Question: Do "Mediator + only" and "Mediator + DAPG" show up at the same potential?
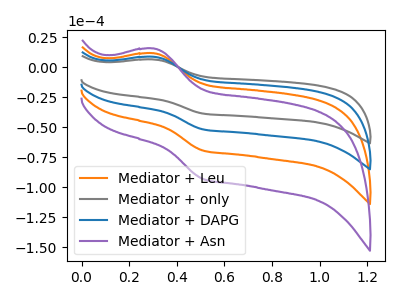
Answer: <think>The orange curve "Mediator + Leu" has an anodic peak at (0.30V, 17.15uA) and a cathodic peak at (0.50V, -103.40uA). The gray curve "Mediator + only" has an anodic peak at (0.30V, 6.40uA) and a cathodic peak at (0.50V, -38.55uA). The blue curve "Mediator + DAPG" has an anodic peak at (0.30V, 8.60uA) and a cathodic peak at (0.50V, -51.70uA). The purple curve "Mediator + Asn" has an anodic peak at (0.30V, 25.75uA) and a cathodic peak at (0.50V, -155.15uA).
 All the peaks in "Mediator + only" have a peak in "Mediator + DAPG" at the same potential. Every peak in "Mediator + only" is lower than every peak in "Mediator + DAPG".</think>
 <answer>"Mediator + only" and "Mediator + DAPG" are similar in shape.</answer>
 <eval>same_shape</eval>